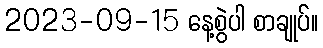
2023-09-15 နေ့စွဲပါ စာချုပ်။